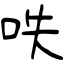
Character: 呹